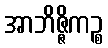
အာဘိဇ္ဇိကဉ္စ